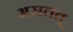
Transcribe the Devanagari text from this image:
असतत्